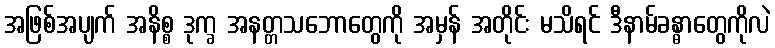
အဖြစ်အပျက် အနိစ္စ ဒုက္ခ အနတ္တသဘောတွေကို အမှန် အတိုင်း မသိရင် ဒီနာမ်ခန္ဓာတွေကိုလဲ